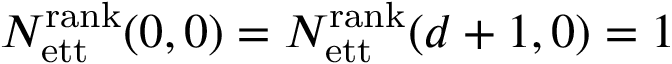
N _ { \mathrm { e t t } } ^ { \mathrm { r a n k } } ( 0 , 0 ) = N _ { \mathrm { e t t } } ^ { \mathrm { r a n k } } ( d + 1 , 0 ) = 1